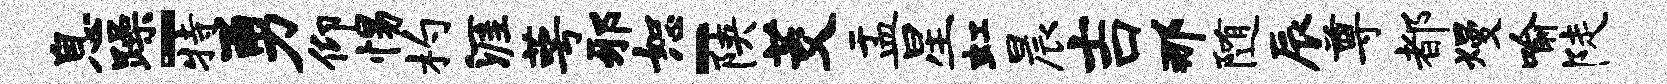
息躁-特勇仰惕杓涯萼邪恕-陕茭盂星虹晨吉那随辰尊都熳喻陡